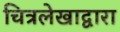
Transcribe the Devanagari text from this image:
चित्रलेखाद्वारा